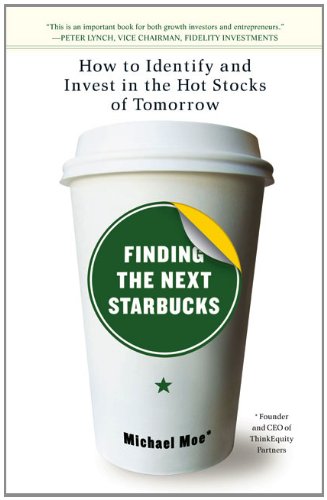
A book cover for Finding the Next Starbucks: How to Identify and Invest in the Hot Stocks of Tomorrow; Michael Moe; Business & Money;